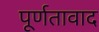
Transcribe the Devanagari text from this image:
पूर्णतावाद